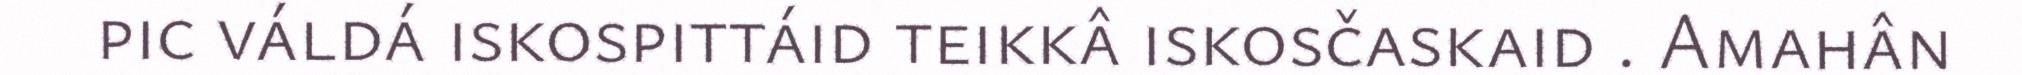
pic váldá iskospittáid teikkâ iskosčaskaid . Amahân